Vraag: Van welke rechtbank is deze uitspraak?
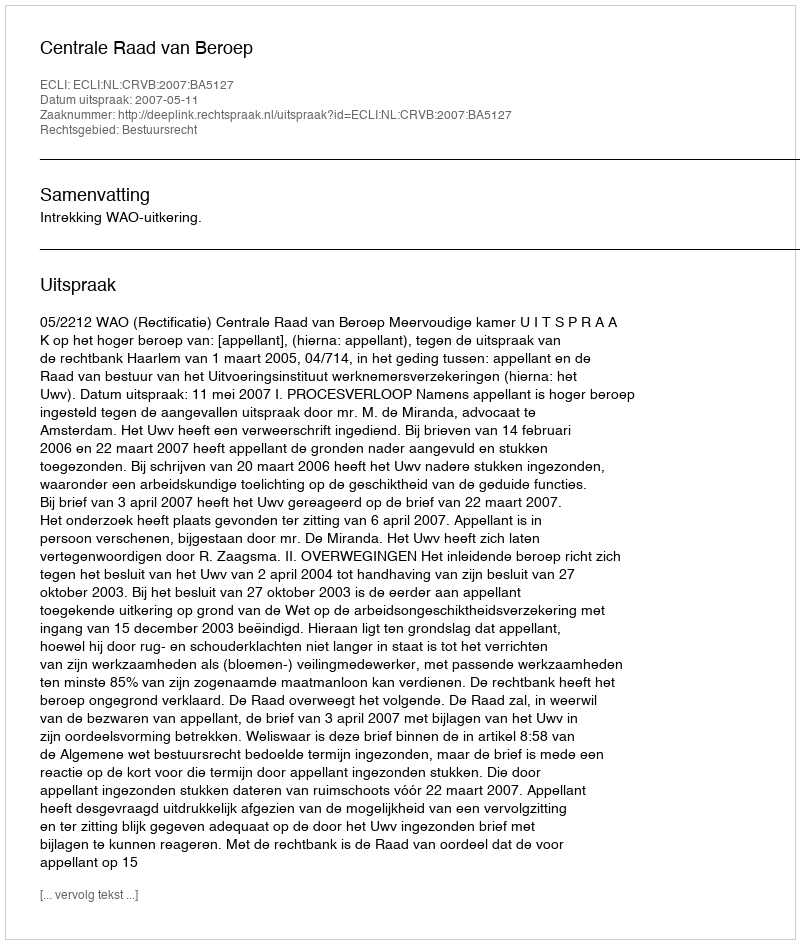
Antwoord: Centrale Raad van Beroep